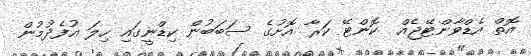
އޮތް އެޑްވާންޓޭޖެއް  ކޮންޓޭ ކަރާ އޮށުގެ ސަބަބުން ކިޑްނީގައި ހިލަ އުފެދުމުން